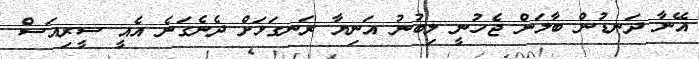
އޭނާ ދަނޑުން ބާލަން ޖެހުނީ ލިބުނު އަނިޔާ ރަނގަޅަށް ދެނެގަނެ އެއީ ސީރިއަސް